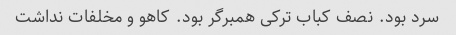
سرد بود. نصف کباب ترکی همبرگر بود. کاهو و مخلفات نداشت